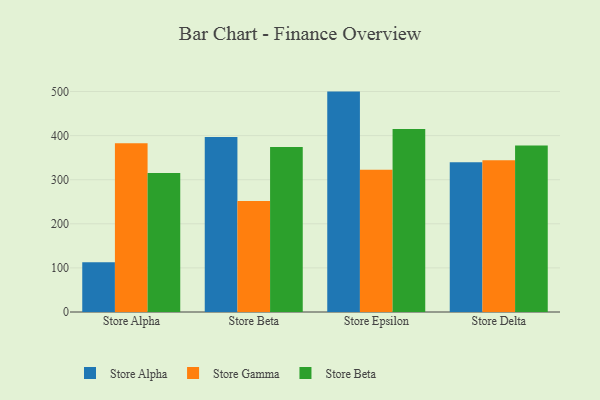
{"axis": {"x": "Store", "y": "Demand Index"}, "legend": ["Store Alpha", "Store Beta", "Store Gamma"], "data": [{"x": "Store Alpha", "y": 112.7, "type": "Store Alpha"}, {"x": "Store Alpha", "y": 382.9, "type": "Store Gamma"}, {"x": "Store Alpha", "y": 315.2, "type": "Store Beta"}, {"x": "Store Beta", "y": 396.7, "type": "Store Alpha"}, {"x": "Store Beta", "y": 251.9, "type": "Store Gamma"}, {"x": "Store Beta", "y": 374.3, "type": "Store Beta"}, {"x": "Store Epsilon", "y": 499.8, "type": "Store Alpha"}, {"x": "Store Epsilon", "y": 322.6, "type": "Store Gamma"}, {"x": "Store Epsilon", "y": 415.0, "type": "Store Beta"}, {"x": "Store Delta", "y": 339.7, "type": "Store Alpha"}, {"x": "Store Delta", "y": 344.4, "type": "Store Gamma"}, {"x": "Store Delta", "y": 377.8, "type": "Store Beta"}]}